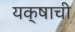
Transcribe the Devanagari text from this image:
यक्षाची